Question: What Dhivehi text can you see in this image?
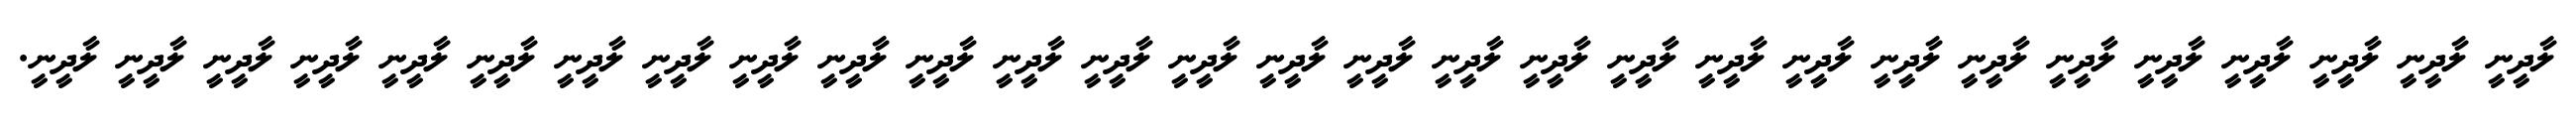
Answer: ލާދީނީ ލާދީނީ ލާދީނީ ލާދީނީ ލާދީނީ ލާދީނީ ލާދީނީ ލާދީނީ ލާދީނީ ލާދީނީ ލާދީނީ ލާދީނީ ލާދީނީ ލާދީނީ ލާދީނީ ލާދީނީ ލާދީނީ ލާދީނީ ލާދީނީ ލާދީނީ ލާދީނީ ލާދީނީ ލާދީނީ ލާދީނީ ލާދީނީ ލާދީނީ ލާދީނީ ލާދީނީ ލާދީނީ.